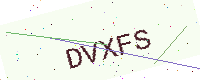
Text: DVXFS